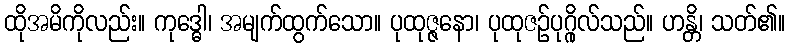
ထိုအမိကိုလည်း။ ကုဒ္ဓေါ၊ အမျက်ထွက်သော။ ပုထုဇ္ဇနော၊ ပုထုဇဉ်ပုဂ္ဂိုလ်သည်။ ဟန္တိ၊ သတ်၏။